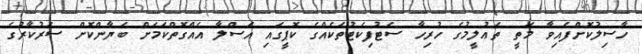
ހާސިލުކޮށްފައިވާ މަތީ ތަޢުލީމުގެ ހުރިހާ ސެޓުފިކެޓުތަކެއްގެ ކޮޕީގައި އަސްލާ އެއްގޮތްކަމަށް ބަޔާންކޮށް ސަރުކާރުގެ